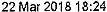
22 MAR 2018 18:24